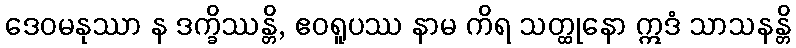
ဒေဝမနုဿာ န ဒက္ခိဿန္တိ, ဧဝရူပဿ နာမ ကိရ သတ္ထုနော ဣဒံ သာသနန္တိ